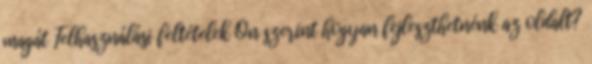
magát Felhasználási feltételek Ön szerint hogyan fejleszthetnénk az oldalt?